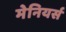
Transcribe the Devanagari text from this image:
मेनियर्स